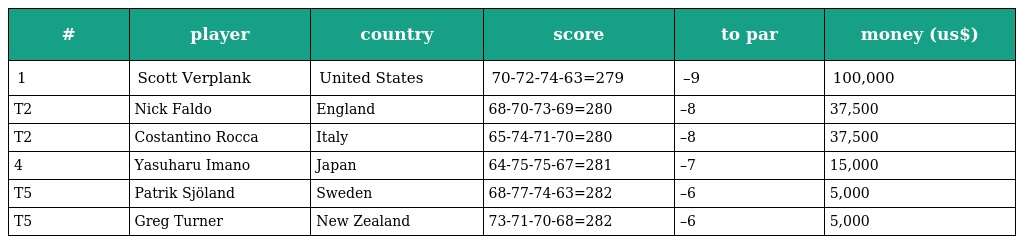
| # | player | country | score | to par | money (us$) |
 | --- | --- | --- | --- | --- | --- |
 | 1 | Scott Verplank | United States | 70-72-74-63=279 | –9 | 100,000 |
 | T2 | Nick Faldo | England | 68-70-73-69=280 | –8 | 37,500 |
 | T2 | Costantino Rocca | Italy | 65-74-71-70=280 | –8 | 37,500 |
 | 4 | Yasuharu Imano | Japan | 64-75-75-67=281 | –7 | 15,000 |
 | T5 | Patrik Sjöland | Sweden | 68-77-74-63=282 | –6 | 5,000 |
 | T5 | Greg Turner | New Zealand | 73-71-70-68=282 | –6 | 5,000 |